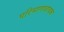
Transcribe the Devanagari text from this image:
परिमाणवाचक